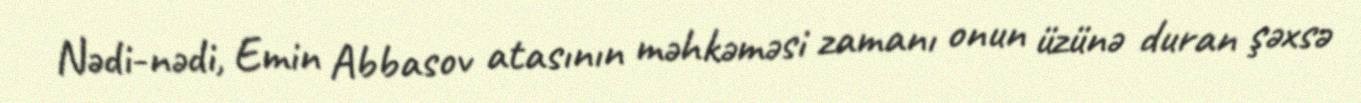
Nədi-nədi, Emin Abbasov atasının məhkəməsi zamanı onun üzünə duran şəxsə